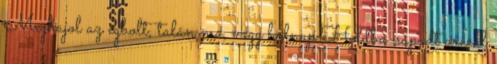
Meghajol az égbolt, talán ma, vagy holnap Holdba-sápadt arccal